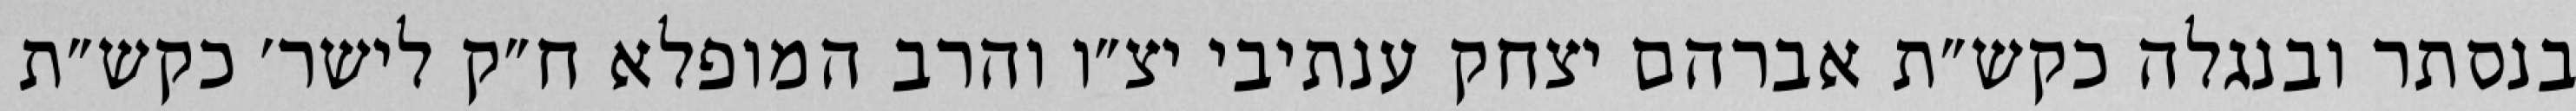
בנסתר ובנגלה כקש״ת אברהם יצחק ענתיבי יצ״ו והרב המופלא ח״ק לישר׳ כקש״ת